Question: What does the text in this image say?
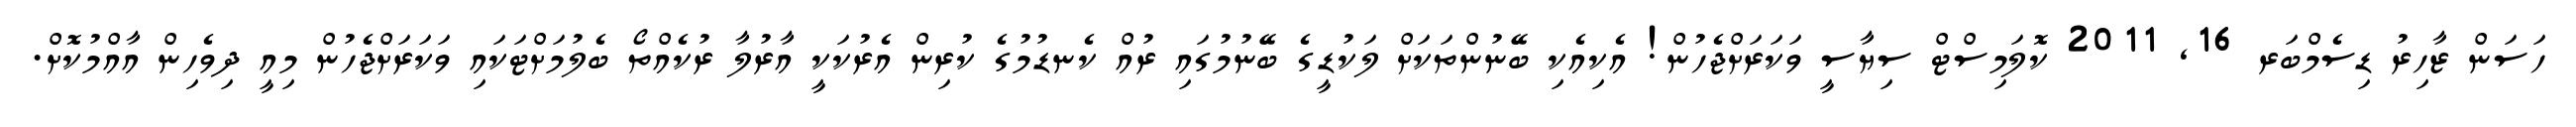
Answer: ހަސަން ޒާހިރު ޑިސެމްބަރ 16, 2011 ކޮލަމިސްޓް ސިޔާސީ ވަކަރަށްޖެހުން! އެކިއެކި ބޭނުންތަކަށް ލަކުޑީގެ ބޭނުމުގައި ރުއް ކެނޑުމުގެ ކުރިން އެރުކަކީ އާރުލާ ރުކެއްތޯ ބެލުމަށްޓަކައި ވަކަރަށްޖެހުން މިއީ ދިވެހިން އާއްމުކޮށް.